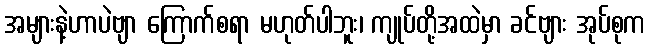
အများနဲ့ဟာပဲဗျာ ကြောက်စရာ မဟုတ်ပါဘူး၊ ကျုပ်တို့အထဲမှာ ခင်ဗျား အုပ်စုက